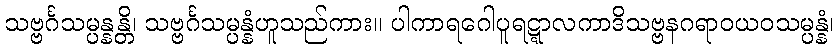
သဗ္ဗင်္ဂသမ္ပန္နန္တိ၊ သဗ္ဗင်္ဂသမ္ပန္နံဟူသည်ကား။ ပါကာရဂေါပူရဋ္ဋာလကာဒိသဗ္ဗနဂရာဝယဝသမ္ပန္နံ၊